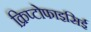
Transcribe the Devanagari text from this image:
क्रिप्टोफाइसिई